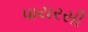
પાયરસી